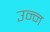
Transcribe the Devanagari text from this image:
उन्न